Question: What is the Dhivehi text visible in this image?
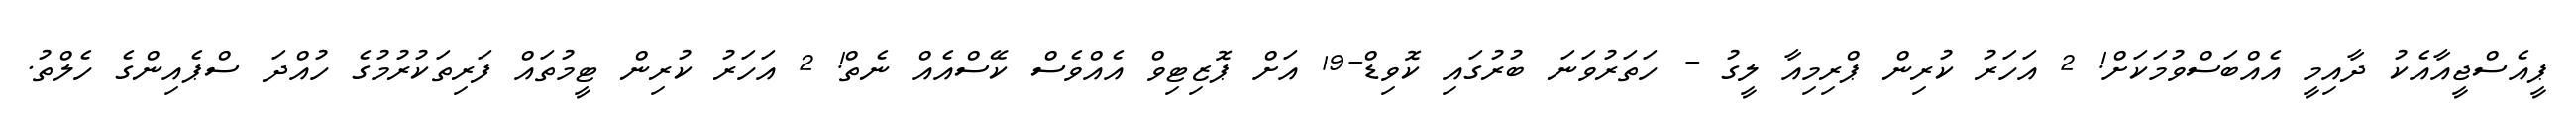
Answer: ޕީއެސްޖީއާއެކު ދާއިމީ އެއްބަސްވުމަކަށް! 2 އަހަރު ކުރިން ޕްރިމިއާ ލީގު - ހަތަރުވަނަ ބުރުގައި ކޮވިޑް-19 އަށް ޕޮޒިޓިވް އެއްވެސް ކޭސްއެއް ނެތް! 2 އަހަރު ކުރިން ޓީމުތައް ފަރިތަކުރުމުގެ ހުއްދަ ސްޕެއިންގެ ހެލްތު.